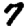
Digit: 7